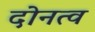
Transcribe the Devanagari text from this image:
दोनत्व